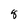
Character: 8